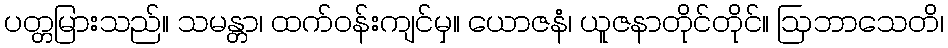
ပတ္တမြားသည်။ သမန္တာ၊ ထက်ဝန်းကျင်မှ။ ယောဇနံ၊ ယူဇနာတိုင်တိုင်။ ဩဘာသေတိ၊